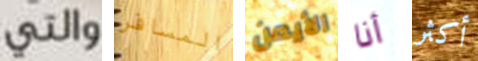
والتي المسافر الأيمن أنا أكثر